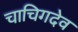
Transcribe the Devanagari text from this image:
चाचिगदेव